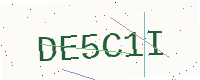
Text: DE5C1I